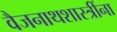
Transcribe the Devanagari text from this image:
वैजनाथशास्त्रींना